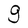
Character: g